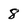
Character: 8